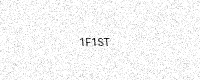
Text: 1F1ST